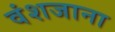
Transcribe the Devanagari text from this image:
वंशजाना